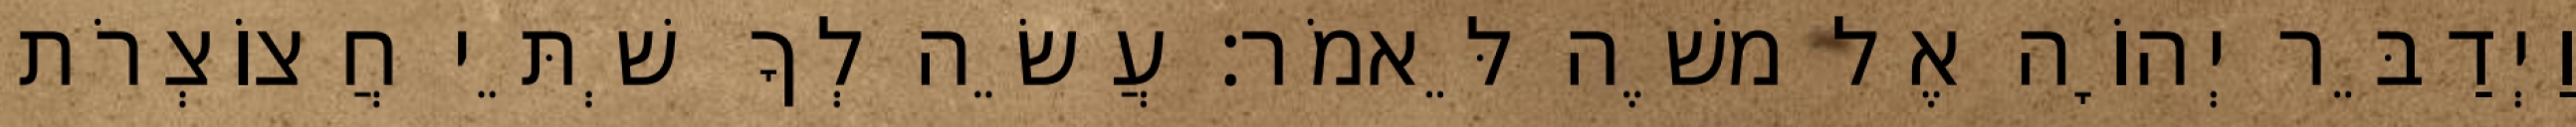
וַיְדַבֵּר יְהוָֹה אֶל משֶׁה לֵּאמֹר׃ עֲשֵׂה לְךָ שְׁתֵּי חֲצוֹצְרֹת